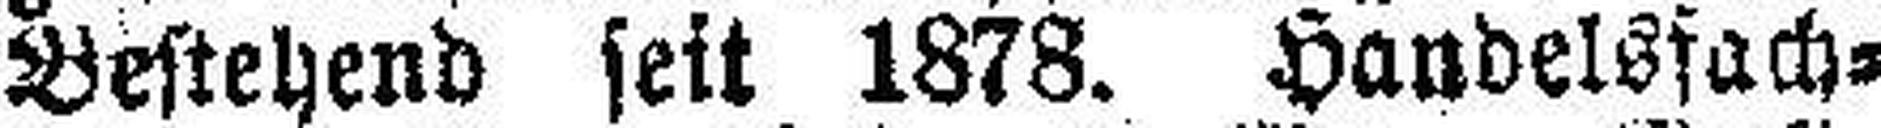
Bestehend seit 1878. Handelsfach¬